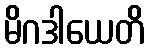
မိဂဒါယေတိ